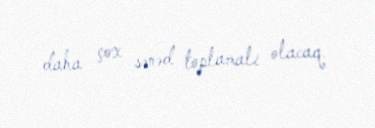
daha çox sənəd toplamalı olacaq.